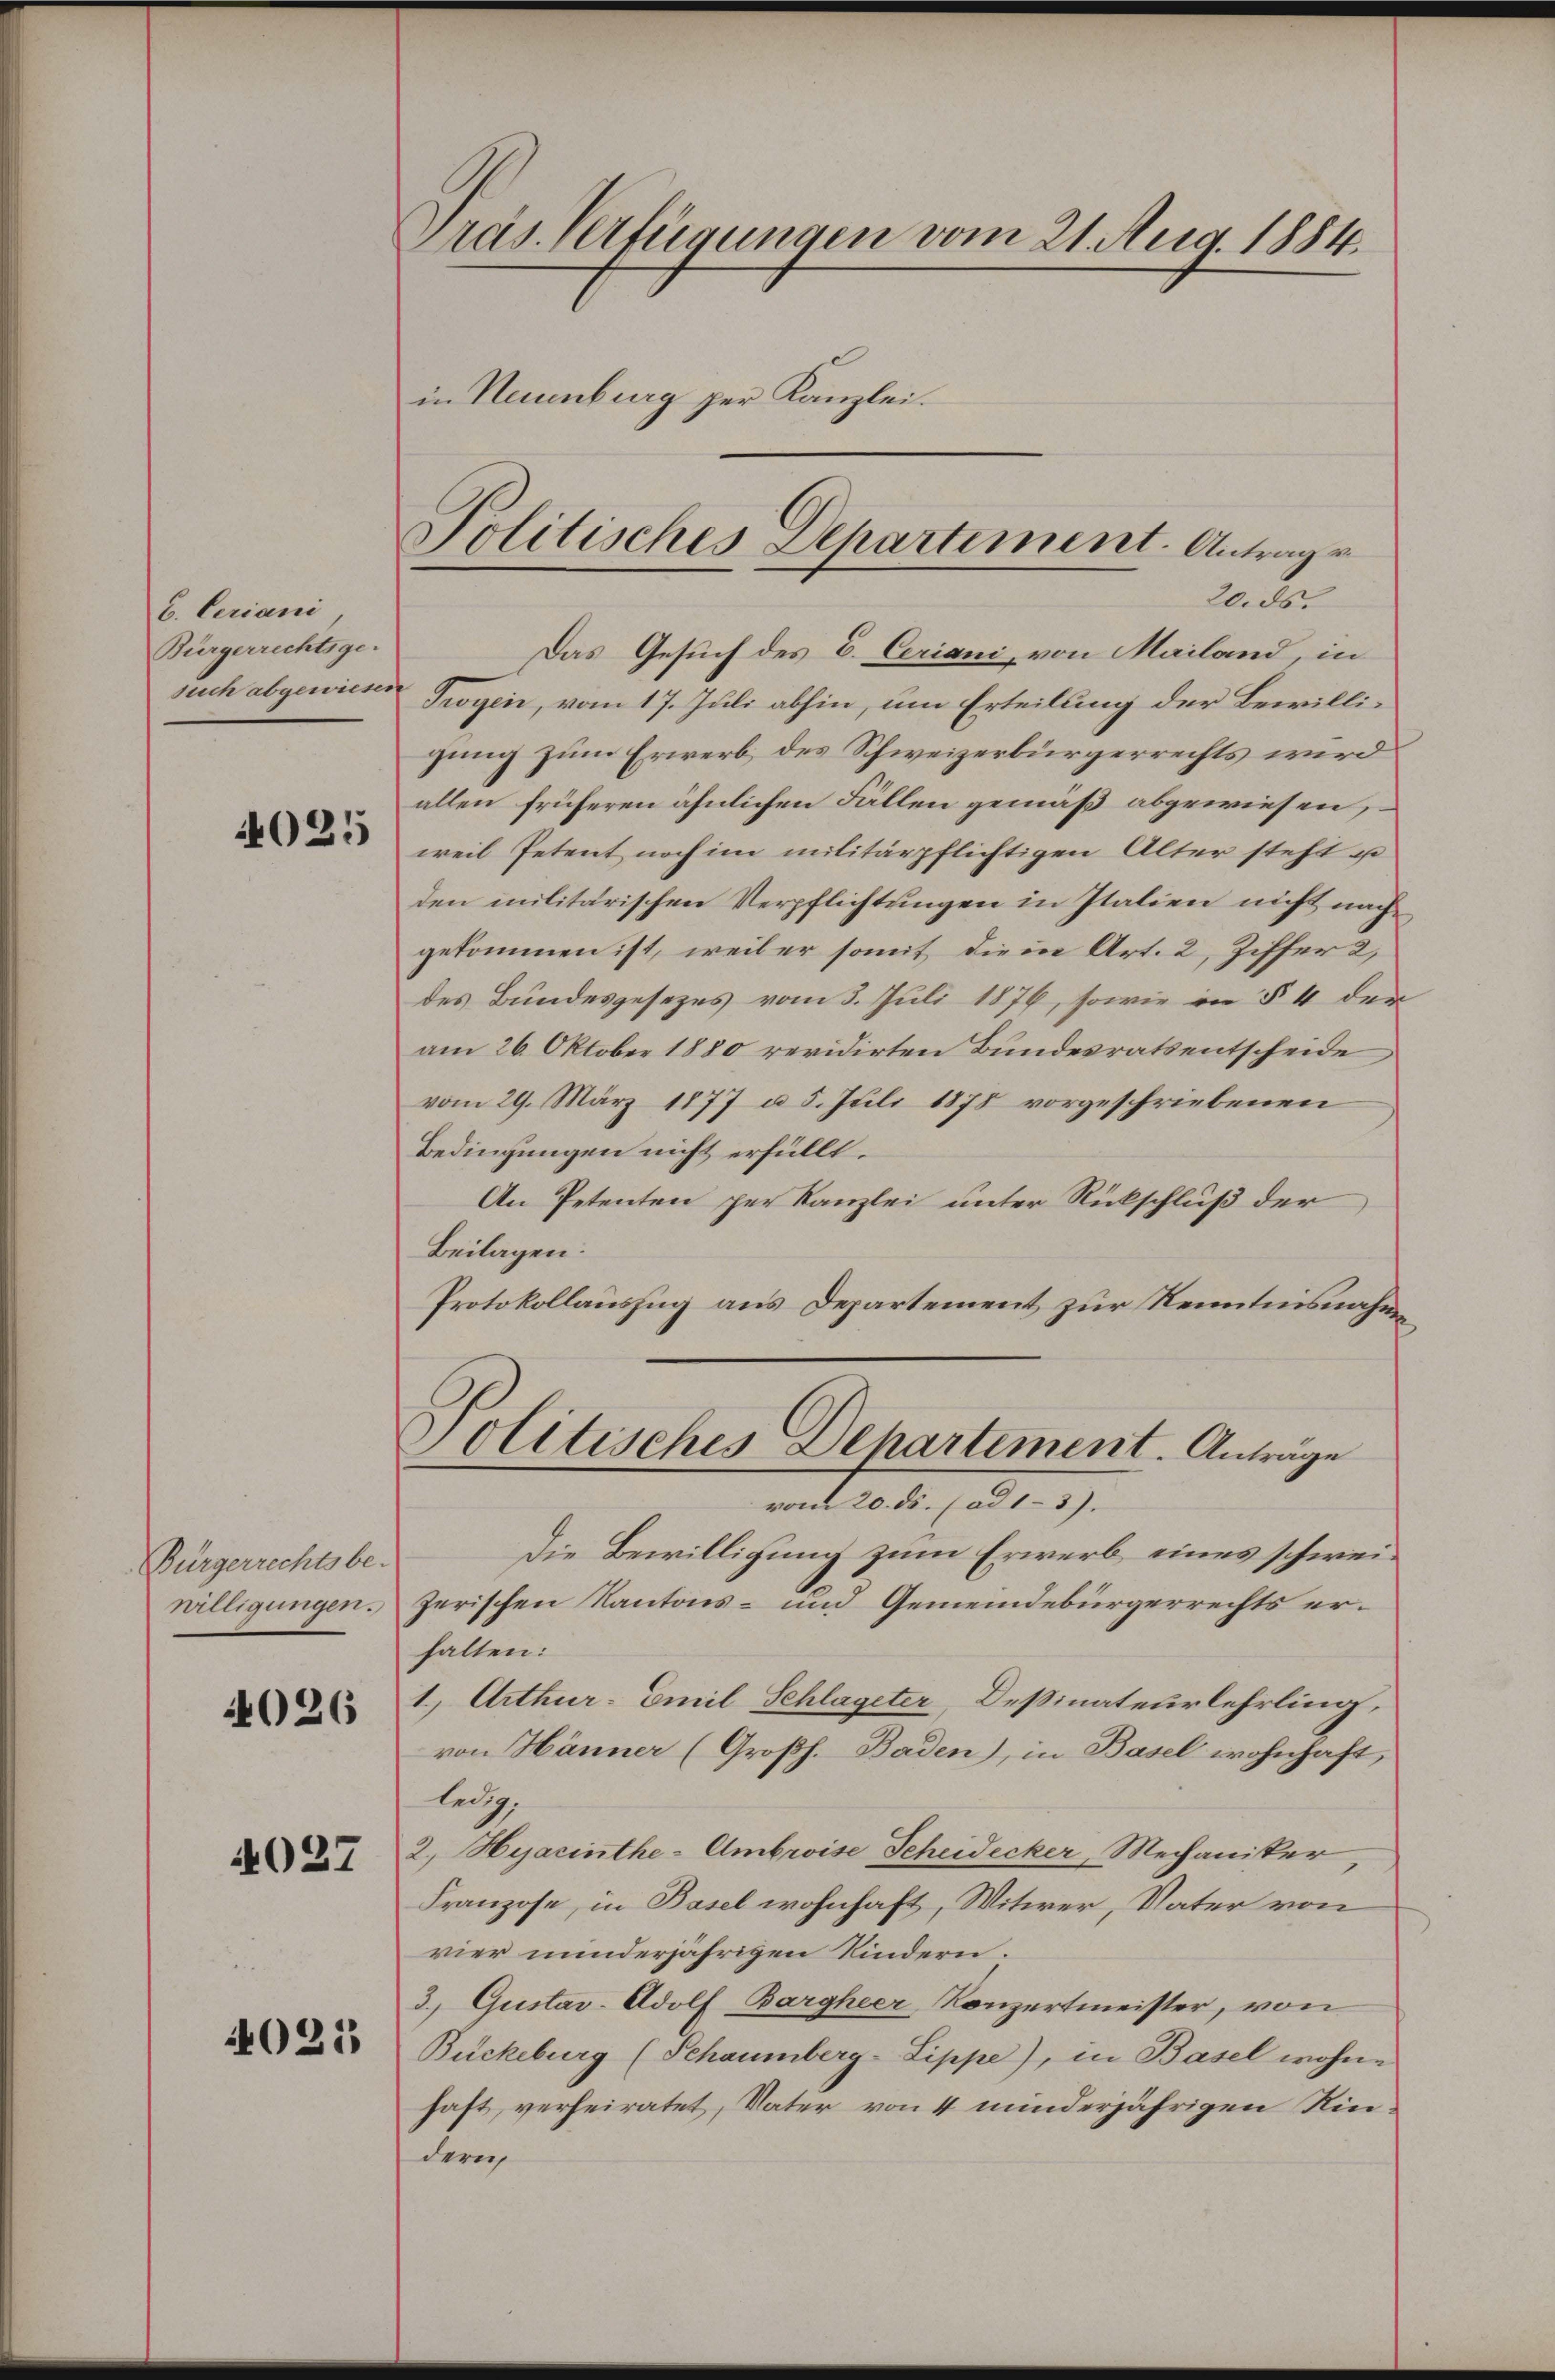
6. Ceriani
Bürgerrechtsge-
such abgewiese.

4025

Bürgerrechtsbe
willigungen.

4026

4027

4021

Präs. Verfügungen vom 21. Aug. 1884.
in Neuenburg per Kanzlei.

Politisches Departement. Antrage
20. ds.

Das Gesuch des E. Ceriani, von Mailand, in
Trogen, vom 17. Juli abhin, um Erteilung der Bewilligung zum Erwerb des Schweizerbürgerrechts wird
allen früheren ähnlichen Fällen gemäß abgewiesen,
weil Petent noch im militärpflichtigen Alter steht u
den militärischen Verpflichtungen in Italien nicht nächgekommen ist, weiler somit die in Art. 2, Ziffer 2,
des Bundesgesezes vom 3. Juli 1876, sowie in § 4 der
am 26. Oktober 1880 revidirten Bundesrats entscheide
vom 29. März 1877 a 5. Juli 1878 vorgeschriebenen
Bedingungen nicht erfüllt.
An Petenten per Kanzlei unter Rückschluß der
Beilagen.
Protokollauszug aus Departement zur Kenntnisnahme
Politisches Departement. Antrage
vom 20. ds. (ad 1-3).
Die Bewilligung zum Erwerb eines schweizerischen Kantons- und Gemeindebürgerrechts erhalten:
1., Arthur-Emil Schlageter, Deßinateurlehrling,
von Hänner (Großh. Baden), in Basel wohnhaft,
ledig
2. Hyacinthe-Ambroise Scheidecker, Mechanister
Franzose, in Basel wohnhaft, Witwer, Vater von
vier minderjährigen Kindern.
3.) Gustav-Adolf Bargheer, Konzertmeister, von
Bückeburg (Schaumberg-Sippe), in Basel wohne
haft, verheiratet, Vater von 4 minderjährigen Kindern,